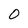
Character: 0